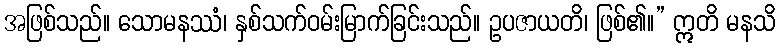
အဖြစ်သည်။ သောမနဿံ၊ နှစ်သက်ဝမ်းမြာက်ခြင်းသည်။ ဥပဇာယတိ၊ ဖြစ်၏။” ဣတိ မနသိ